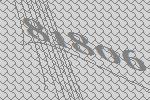
81806